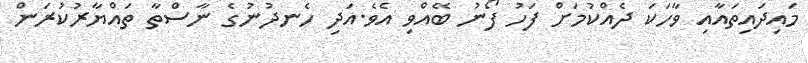
މައިދައިތައާއި ވާހަކަ ދެއްކުމަށް ފަހު ފޯނު ބޭއްވި އެވެ.އަދި ހެނދުނުގެ ނާސްތާ ތައްޔާރުކުރަން